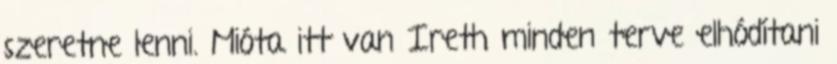
szeretne lenni. Mióta itt van Ireth minden terve elhódítani